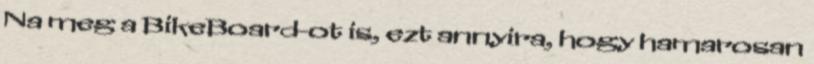
Na meg a BikeBoard-ot is, ezt annyira, hogy hamarosan